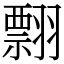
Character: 翲